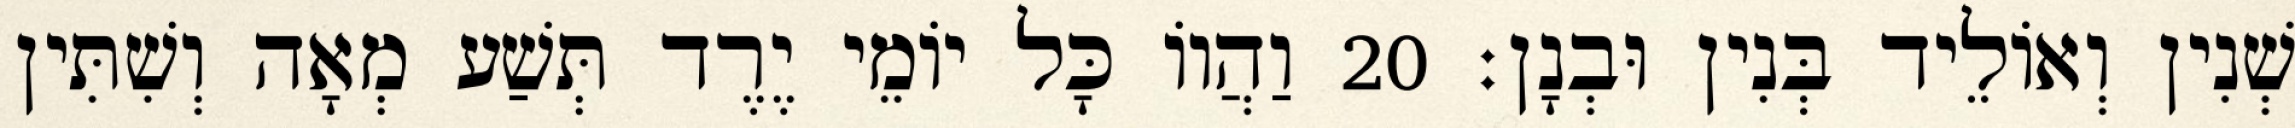
שְׁנִין וְאוֹלֵיד בְּנִין וּבְנָן׃ 20 וַהֲווֹ כָּל יוֹמֵי יֶרֶד תְּשַׁע מְאָה וְשִׁתִּין